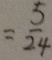
= \frac { 5 } { 2 4 }